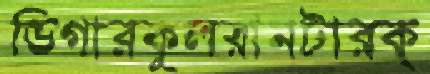
ডিগারকুলরানটারক্